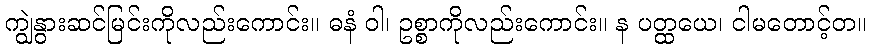
ကျွဲနွားဆင်မြင်းကိုလည်းကောင်း။ ဓနံ ဝါ၊ ဥစ္စာကိုလည်းကောင်း။ န ပတ္ထယေ၊ ငါမတောင့်တ။